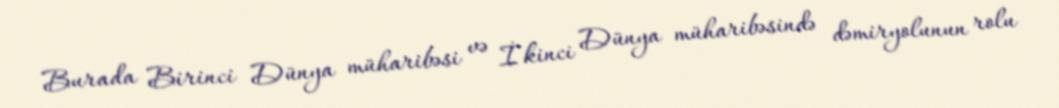
Burada Birinci Dünya müharibəsi və İkinci Dünya müharibəsində dəmiryolunun rolu